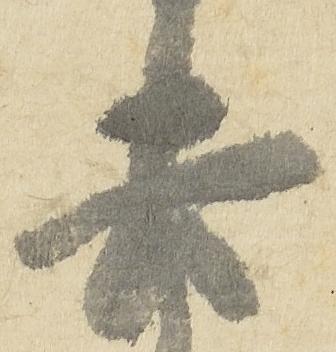
去